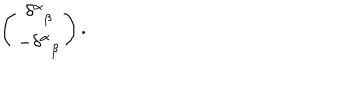
\left( \begin{array} { c } { { \delta _ { \; \; \beta } ^ { \alpha } } } \\ { { - \delta _ { \; \; \beta } ^ { \alpha } } } \\ \end{array} \right) .